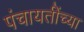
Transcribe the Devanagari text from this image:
पंचायतींच्या